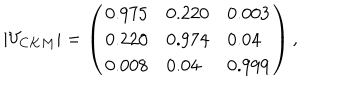
| V _ { C K M } | = \left( \begin{array} { l l l } { { 0 . 9 7 5 } } & { { 0 . 2 2 0 } } & { { 0 . 0 0 3 } } \\ { { 0 . 2 2 0 } } & { { 0 . 9 7 4 } } & { { 0 . 0 4 } } \\ { { 0 . 0 0 8 } } & { { 0 . 0 4 } } & { { 0 . 9 9 9 } } \\ \end{array} \right) ,